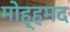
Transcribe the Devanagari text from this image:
मोह्हमद